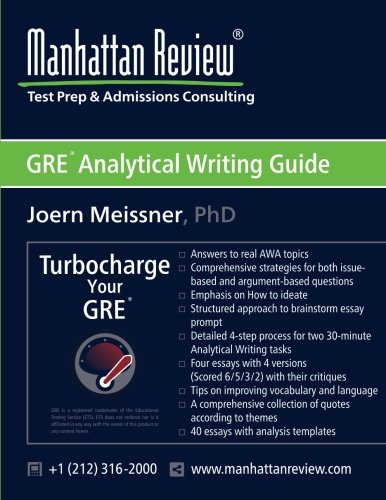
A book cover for Manhattan Review GRE Analytical Writing Guide: Answers to Real AWA Topics; Joern Meissner; Test Preparation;